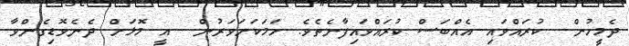
ދެމީހުން  ކުރައްވައި އެއްބަސް ކުރައްވައިފާނެތެވެ. ހަމަކަށަވަރުން  އީ މޮޅަށް ދެނެވޮޑިގެންވާ